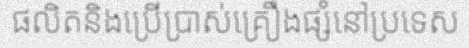
ផលិតនិងប្រើប្រាស់គ្រឿងផ្សំនៅប្រទេស